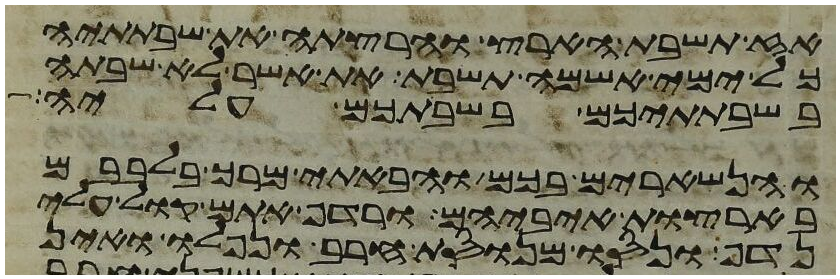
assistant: אז תשבת הארץ והרצתה את שבתתיה
כל ימי אשמה תשבת את אשר לא שבתה
בשבתתיכם בשבתכם עליה
והנשארים בכם והבאתי מרך בלבבם
בארצות איביהם ורדף אתם קול עלי
נדף ונסו מנוסת חרב ונפלו ואין